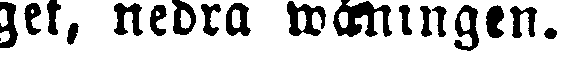
get, nedra måningen.